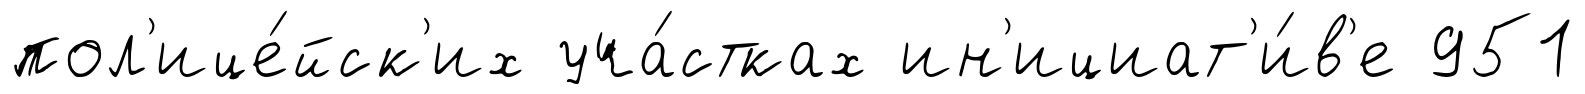
пол'ице́йск'их уча́стках ин'ициат'и́в'е 951